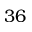
3 6